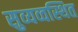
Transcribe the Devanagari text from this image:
सुव्यव्वस्थित